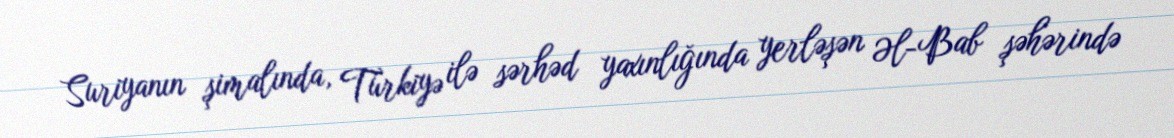
Suriyanın şimalında, Türkiyə ilə sərhəd yaxınlığında yerləşən Əl-Bab şəhərində